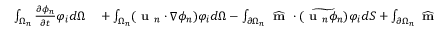
\begin{array} { r l } { \int _ { \Omega _ { n } } \frac { \partial \phi _ { n } } { \partial t } \varphi _ { i } d \Omega } & { { } + \int _ { \Omega _ { n } } ( \textbf { u } _ { n } \cdot \nabla \phi _ { n } ) \varphi _ { i } d \Omega - \int _ { \partial \Omega _ { n } } \widehat { \textbf { m } } \cdot \widetilde { ( \textbf { u } _ { n } \phi _ { n } ) } \varphi _ { i } d S + \int _ { \partial \Omega _ { n } } \widehat { \textbf { m } } \cdot \widehat { ( \textbf { u } _ { n } \phi _ { n } ) } \varphi _ { i } d S = } \end{array}